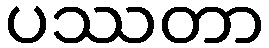
ပဿတာ